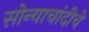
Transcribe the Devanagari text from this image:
सोन्याचांदीचे